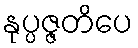
နုပ္ပဇ္ဇတိပေ